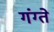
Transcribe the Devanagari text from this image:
गंग्ते